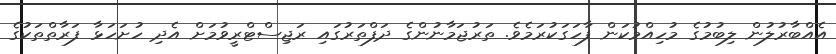
އެއްބާރުލުން ލިބުމުގެ މުހިއްމުކަން ފާހަގަކުރަމެވެ. ތަރުޖަމާނުންގެ ދަފްތަރުގައި ރަޖިސްޓްރީވުމަށް އެދި ހުށަހަޅާ ފަރާތްތަކުގެ